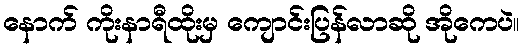
နောက် ကိုးနာရီထိုးမှ ကျောင်းပြန်လာဆို အိုကေပဲ။